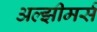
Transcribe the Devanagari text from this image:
अल्झीमर्स